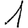
Digit: 1